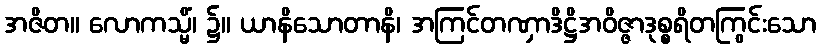
အဇိတ။ လောကသ္မိံ၊ ၌။ ယာနိသောတာနိ၊ အကြင်တဏှာဒိဋ္ဌိအဝိဇ္ဇာဒုစ္စရိတကြွင်းသော